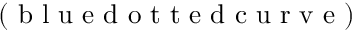
( \mathrm { ~ b ~ l ~ u ~ e ~ d ~ o ~ t ~ t ~ e ~ d ~ c ~ u ~ r ~ v ~ e ~ } )